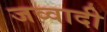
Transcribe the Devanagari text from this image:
जव्वादी